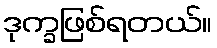
ဒုက္ခဖြစ်ရတယ်။